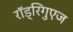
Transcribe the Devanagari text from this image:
राॅड्रिगुएज